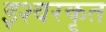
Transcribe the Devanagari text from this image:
इश्वरकृत